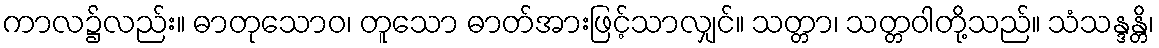
ကာလ၌လည်း။ ဓာတုသောဝ၊ တူသော ဓာတ်အားဖြင့်သာလျှင်။ သတ္တာ၊ သတ္တဝါတို့သည်။ သံသန္ဒန္တိ၊